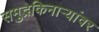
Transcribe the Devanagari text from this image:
समुद्रकिनाऱ्यांवर